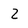
Character: 2